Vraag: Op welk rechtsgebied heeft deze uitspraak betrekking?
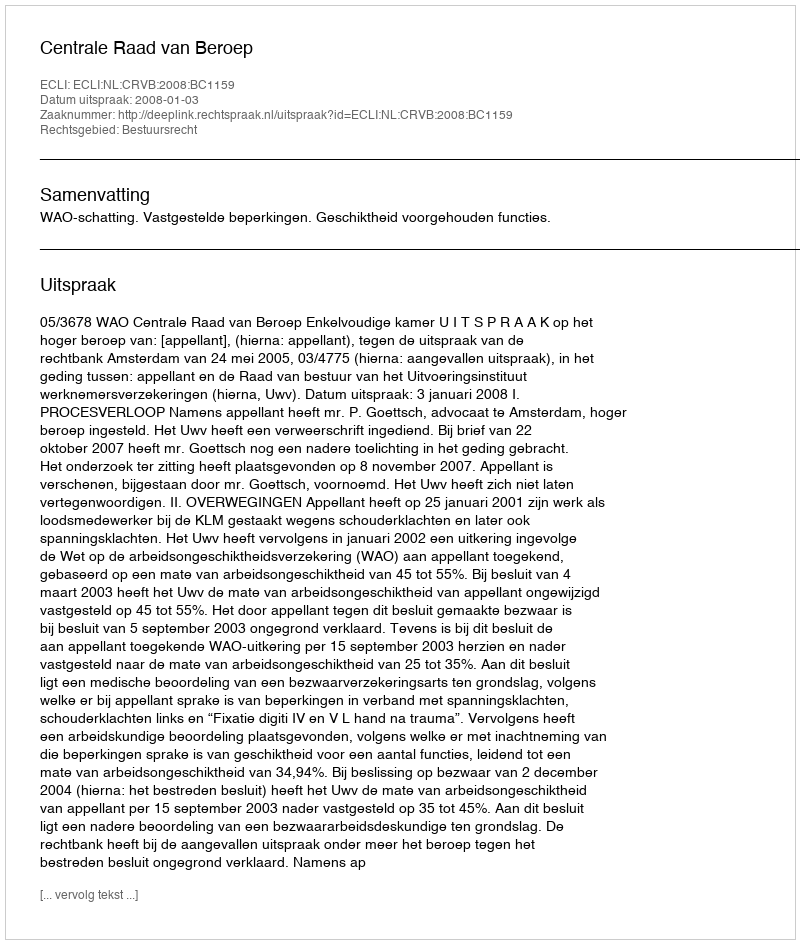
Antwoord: Bestuursrecht